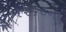
૧૨૬૦ના